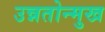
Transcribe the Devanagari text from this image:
उन्नतोन्मुख